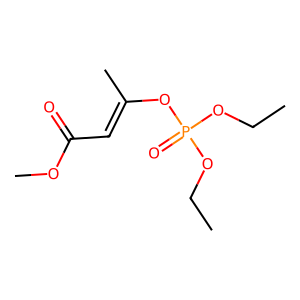
SMILES: CCOP(=O)(OCC)OC(C)=CC(=O)OC
Inhibits HIV replication: No